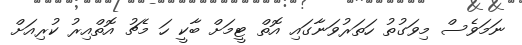
ނަމަވެސް މިވަގުތު ހަތަރުވަނާގައި އޮތް ޓީމަށް ބާކީ ހަ މެޗު އޮތްއިރު ކުރިއަށް